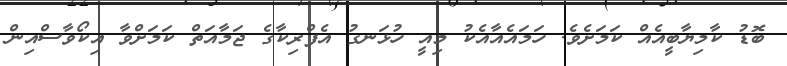
ބޮޑު ކާމިޔާބީއެއް ކަމަށެވެ. ހަމައެއާއެކު މިއީ ހުޅަނގު އެފްރިކާގެ ޖަމާއަތް ކަމަށްވާ އިކޯވާސްއިން